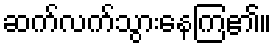
ဆက်လက်သွားနေကြ၏။